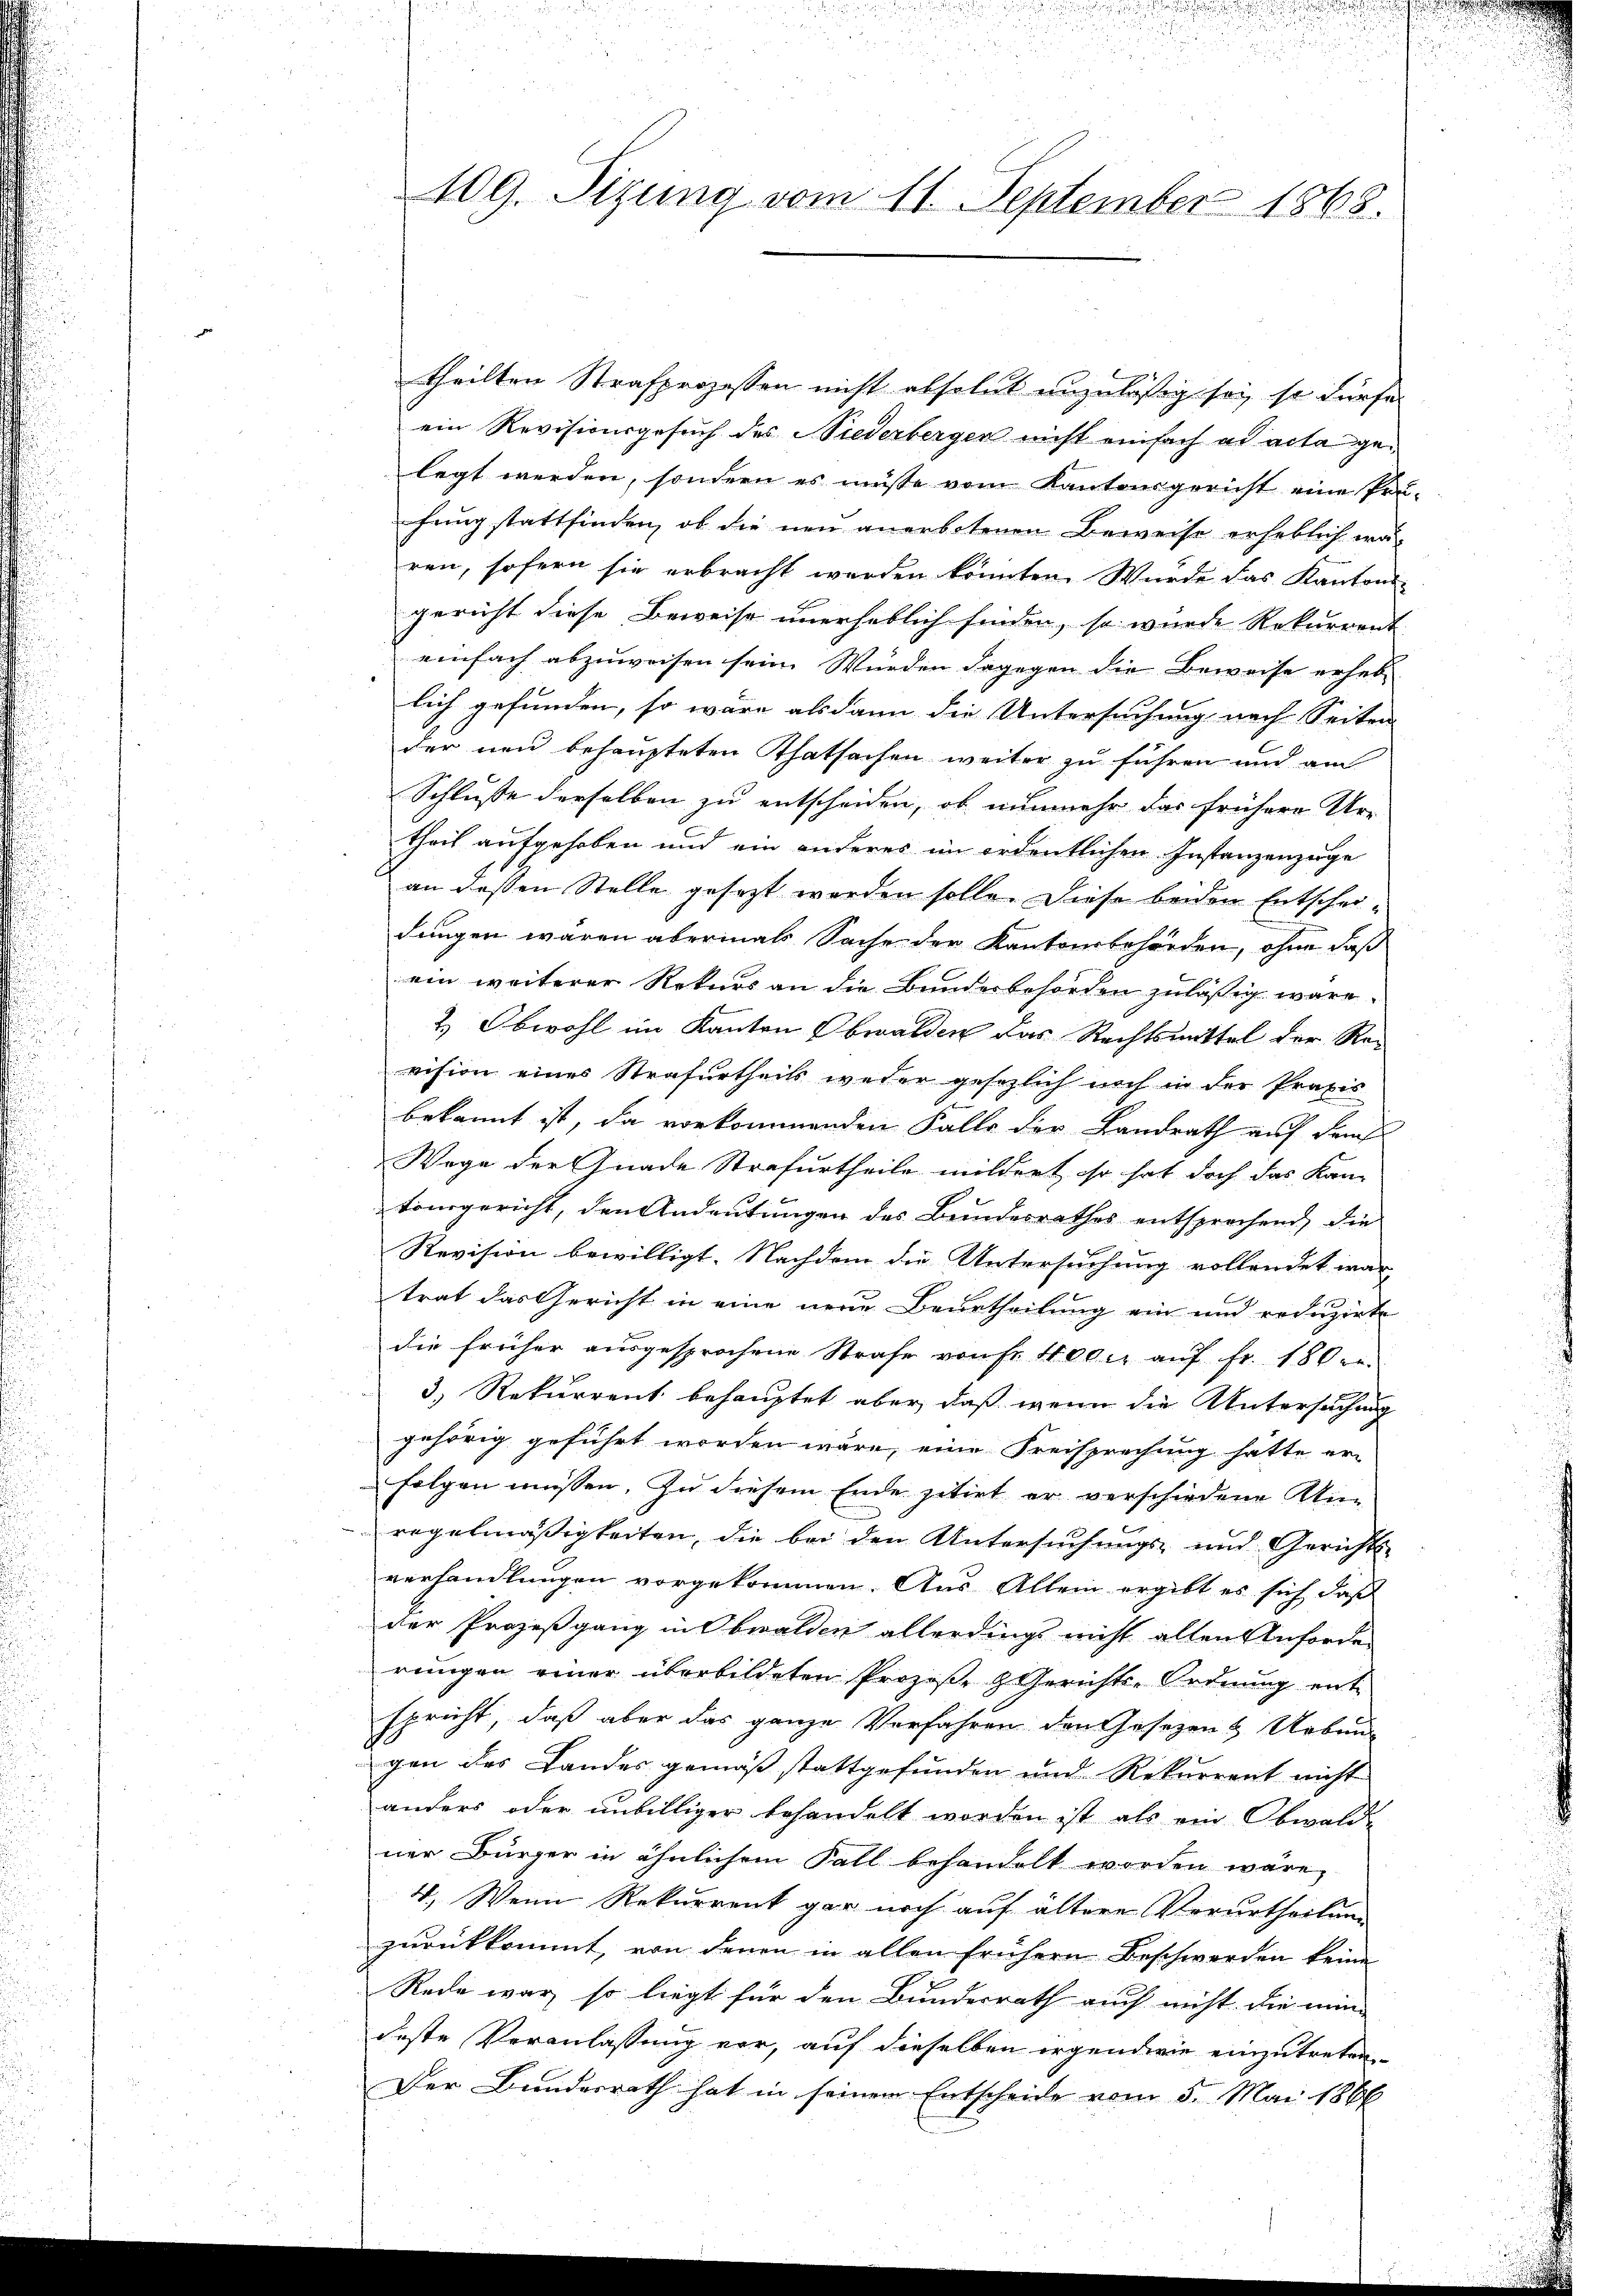
109. Sizung vom 11. September 1868.

theilten Strafprozessen nicht absolut unzulässig sei, so dürfe
ein Revisionsgesuch des Niederbergen nicht einfach ad acta gelegt werden, sondern es müsse vom Kantonsgericht eine Prü-
fung stattfinden, ob die neu anerbotenen Beweise erheblich wä-
ren, sofern sie erbracht werden könnten. Wurde das Kantons-
gericht diese Beweise unerheblich finden, so wurde Rekurrent
einfach abzuweisen sein. Würden dagegen die Beweise erheblich gefunden, so wäre alsdann die Untersuchung nach Seiten
der neu behaupteten Thatsachen weiter zu führen und am
Schlusse derselben zu entscheiden, ob nunmehr das frühere Ur-
theil aufgehoben und ein anderes im ordentlichen Instanzenzuge
an deßen Stelle gesezt werden solle. Diese beiden Entscheidungen waren abermals Sache der Kantonsbehörden, ohne daß
ein weiterer Rekurs an die Bundesbehörden zulässig wäre.
2.) Obwohl im Kanton Obwalden das Rechtsmittel der Revision eines Strafurtheils weder gesezlich noch in der Praxis
bekannt ist, da vorkommenden Falle der Landrath auf dem
Wege der Gnade Strafurtheile mildert, so hat doch das Kan-
tourgericht, den Andeutungen des Bundesrathes entsprechend, die
Revision bewilligt. Nachdem die Untersuchung vollendet war
trat das Gericht in eine neue Beurtheilung ein und reduzirte
die früher ausgesprochene Strafe von fr. 400 er aŭf fr. 180 r
3) Rekurrent behauptet aber, daß wenn die Untersuchung
gehörig geführt worden wäre, eine Freisprechung hatte er-
folgen müssen. Zu diesem Ende zitirt er verschiedene Ui
regelmäßigkeiten, die bei den Untersuchungs- und Gerichts-
verhandlungen vorgekommen. Aus Allein ergibt es sich daß
der Prozeßgang in Obwalden allerdings nicht allen Anforden
rungen einer überbildeten Prozeße Gerichts-Ordnung entspricht, daß aber das ganze Verfahren den Gesetzen & Urbungen des Landes gemäß stattgefunden und Rekurrent nicht
anders oder unbilliger behandelt worden ist als ein Obwalde
ner Bürger in ähnlichem Fall behandelt worden wäre,
4. Wenn Rekurrent gar noch auf ältere Verurtheilung
zurückkommt, von denen in allen frühern Beschwerden keine
Rede war, so liegt für den Bundesrath auch nicht die min-
deste Veranlassung vor, auf dieselben irgendwie einzutreten
Der Bundesrath hat in seinem Entscheide vom 5. Mai 1866